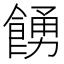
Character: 𩜳